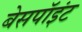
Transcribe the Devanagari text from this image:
बेसपॉइंट